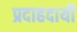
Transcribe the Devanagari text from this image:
प्रदाहदायी